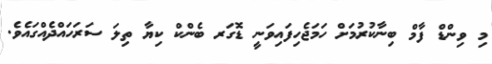
މި ވިންޑް ފާމް ބިނާކުރުމަށް ހަމަޖެހިފައިވަނީ ޑޮގަރ ބެންކް ކިޔާ ތިލަ ސަރަހައްދެއްގައެވެ.